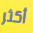
أكثر